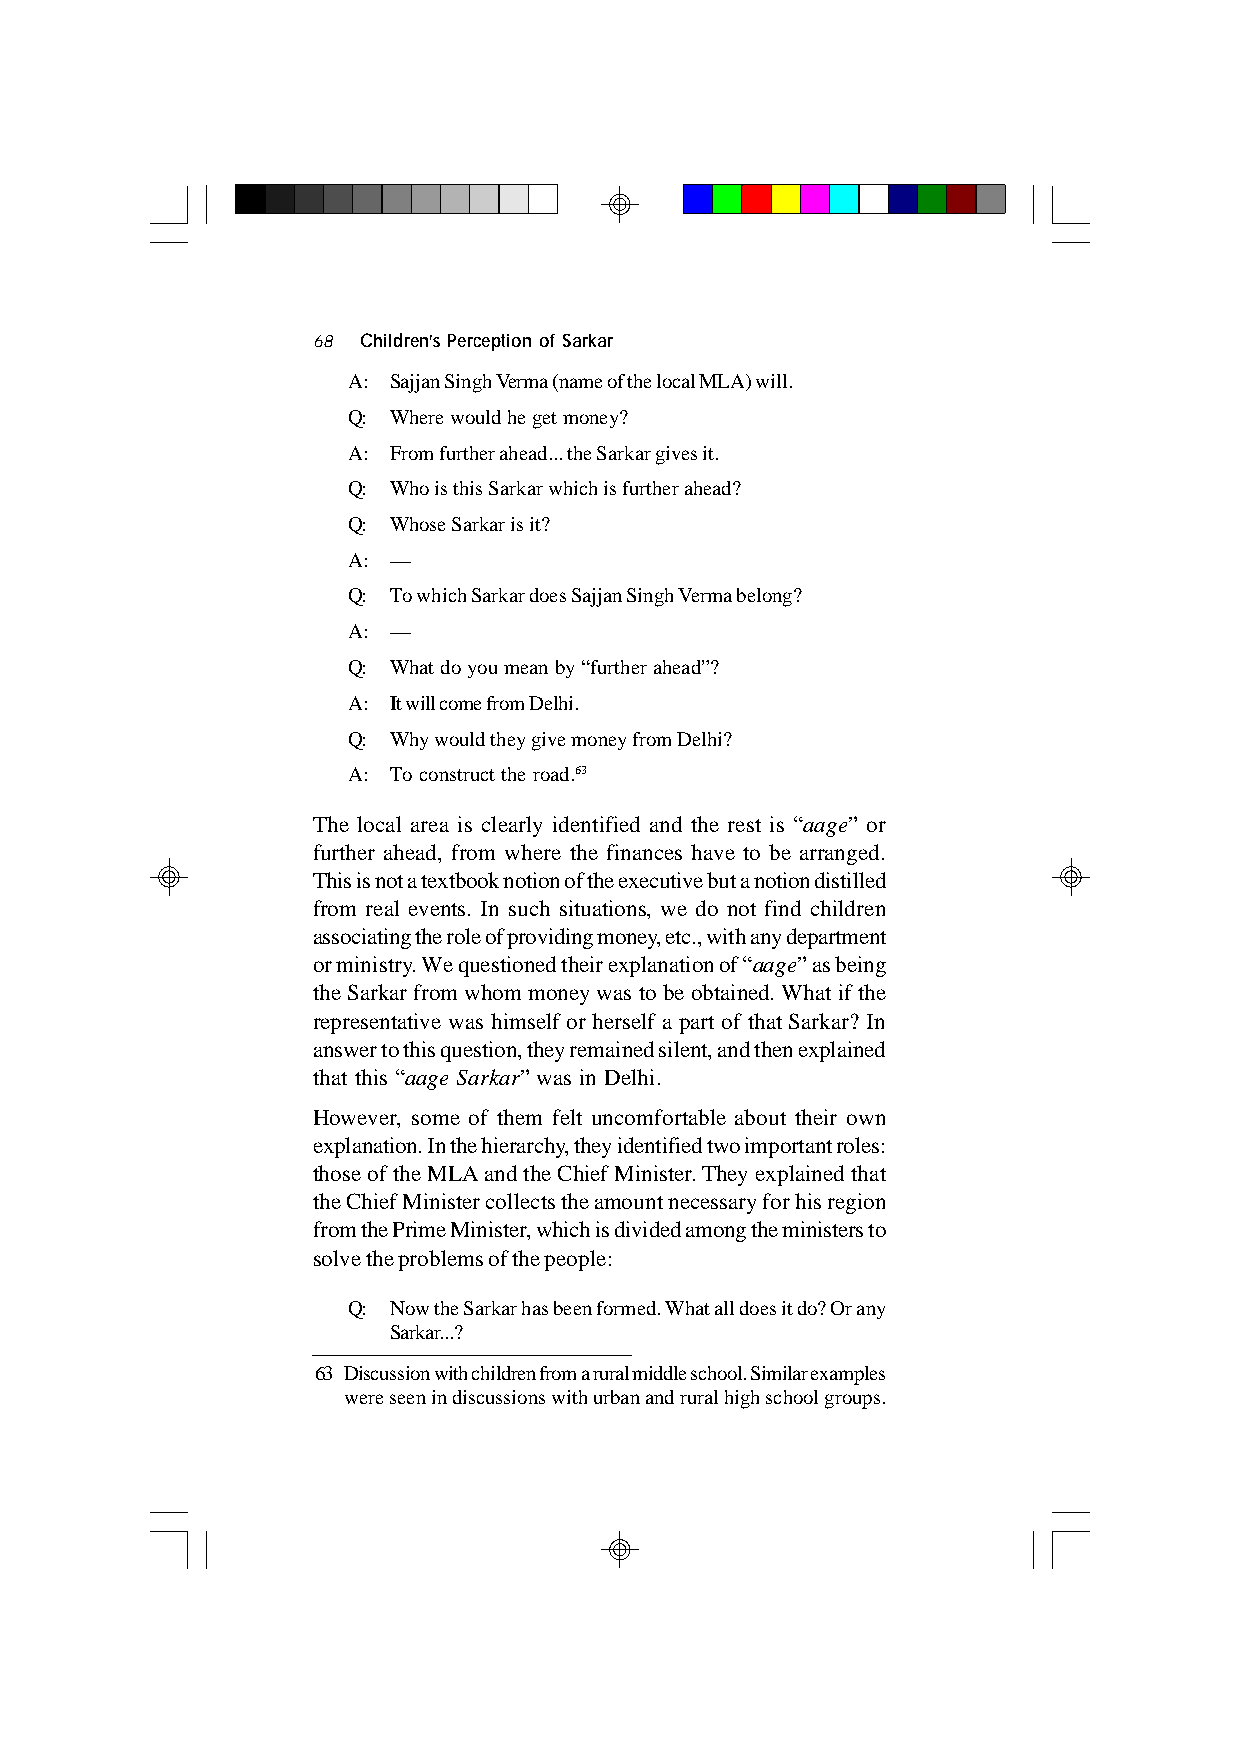
68 Children’s Perception of Sarkar
 A: Sajjan Singh Verma (name of the local MLA) will.
 Q: Where would he get money?
 A: From further ahead... the Sarkar gives it.
 Q: Who is this Sarkar which is further ahead?
 Q: Whose Sarkar is it?
 A: —
 Q: To which Sarkar does Sajjan Singh Verma belong?
 A: —
 Q: What do you mean by “further ahead”?
 A: It will come from Delhi.
 Q: Why would they give money from Delhi?
 A: To construct the road.63
 The local area is clearly identified and the rest is “aage” or
 further ahead, from where the finances have to be arranged.
 This is not a textbook notion of the executive but a notion distilled
 from real events. In such situations, we do not find children
 associating the role of providing money, etc., with any department
 or ministry. We questioned their explanation of “aage” as being
 the Sarkar from whom money was to be obtained. What if the
 representative was himself or herself a part of that Sarkar? In
 answer to this question, they remained silent, and then explained
 that this “aage Sarkar” was in Delhi.
 However, some of them felt uncomfortable about their own
 explanation. In the hierarchy, they identified two important roles:
 those of the MLA and the Chief Minister. They explained that
 the Chief Minister collects the amount necessary for his region
 from the Prime Minister, which is divided among the ministers to
 solve the problems of the people:
 Q: Now the Sarkar has been formed. What all does it do? Or any
 Sarkar...?
 63 Discussion with children from a rural middle school. Similar examples
 were seen in discussions with urban and rural high school groups.